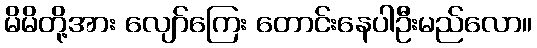
မိမိတို့အား လျော်ကြေး တောင်းနေပါဦးမည်လော။